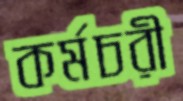
কর্মচরী